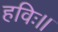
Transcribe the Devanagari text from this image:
हविः।।